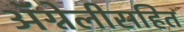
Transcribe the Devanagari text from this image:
ॲग्नेलीसहित